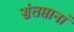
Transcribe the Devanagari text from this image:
संतप्तानां